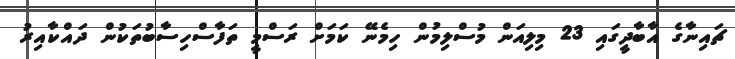
ޗައިނާގެ އާބާދީގައި 23 މިލިއަން މުސްލިމުން ހިމެނޭ ކަމަށް ރަސްމީ ތަފާސްހިސާބުތަކުން ދައްކާއިރު